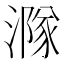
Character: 𣾶